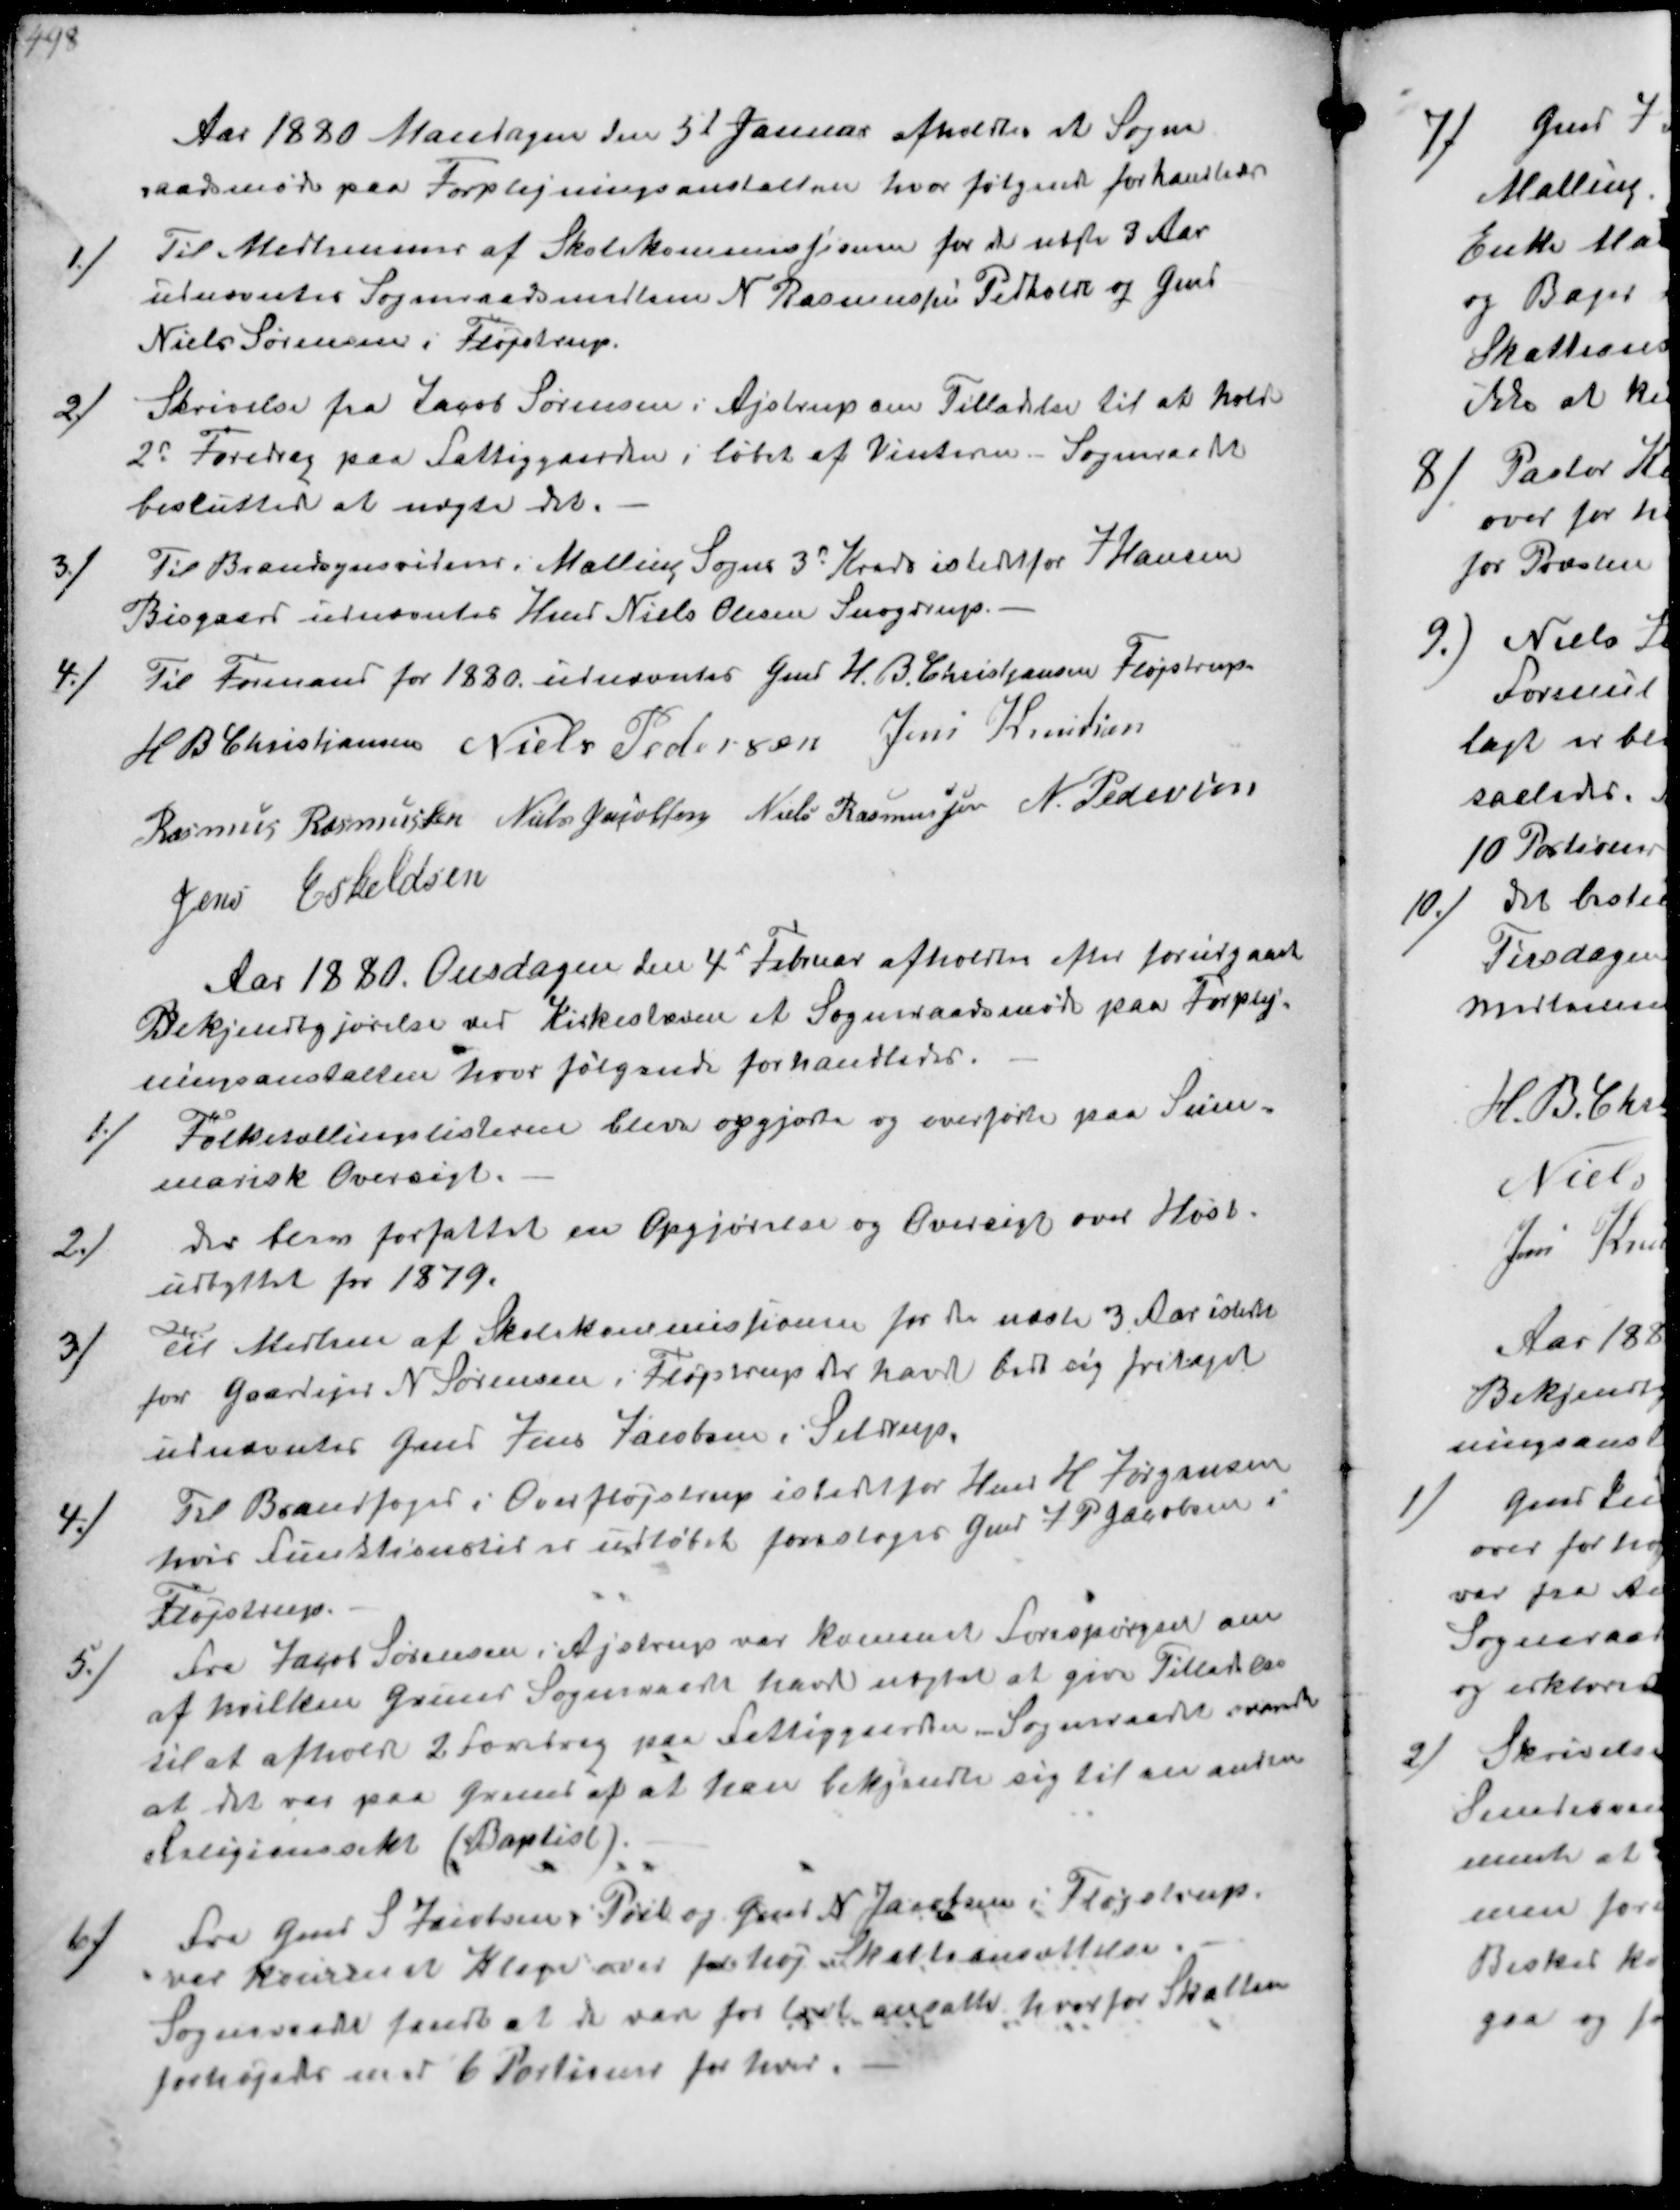
Transskription:
Aar 1880 Mandagen den 5t Januar afholdtes at Sogne-
raadsmøde paa Forplejningsanstalten hvor følgende forhandledes
1./
Til Medlemmer af Skolekommissionen for de næste 3 Aar
udnævntes Sogneraadsmedlem N Rasmussen Pedholdt og Gmd
Niels Sørensen i Fløjstrup.
2./
Skrivelse fra Jacob Sørensen i Ajstrup om Tilladelse til at holde
2 Foredrag paa fattiggaarden i løbet af Vinteren.- Sogneraadet
besluttede at nægte det.
3./
Til Brandsynsvidne i Malling Sogns 3d Kreds istedtfor J Hansen
Bisgaard udnævntes Hmd Niels Olesen Snogdrup.
4./
Til Formand for 1880 udnævntes Gmd H. B. Christjansen Fløjstrup
H B. Christjansen
Niels Pedersen
Jens Knudsen
Rasmus Rasmussen
Niels Jacobsen
Niels Rasmussen
N. Pedersen
Jens Eskeldsen

Aar 1880. Onsdagen den 4d Februar afholdtes efter forudgaaet
Bekjendtgjørelse ved kirkestævne et Sogneraadsmøde paa Forplej--
ningsanstalten hvor følgende forhandledes.
1./
Folketællingslisterne blev opgjorte og overførte paa Sum-
marisk Oversigt.
2./
der blev forfattet en Opgjørelse og Oversigt over Høst-
udbyttet for 1879
3./
Til Medlen af Skolekommissionen for de næste 3 Aar istedet
for Gaardejer N Sørensen i Fløjstrup der havde bedt sig fritaget
udnævntes Gmd Jens Jacobsen i Seldrup
4./
Til Brandfoged i Overfløjstrup istedetfor Hmd H Jørgensen
hvis Funktionstid er udløbet foresloges Gmd J P Jacobsen
Fløjstrup.
5./
Fra Jacob Sørensen i Ajstrup var kommet forespørgel om
af hvilken Grund Sogneraadet havde nægtet at give Tilladelse
til at afhold 2 Foredrag paa Fattiggaarden. Sogneraadet svarede
at det var paa Grund af at han bekjendte sig til en anden
Religionssekt (Baptist)
6./
Fra Gmd S Jacobsen Pøel og Gmd N Janbsen i Fløjstrup.
var kommen en Klage over for høj Skatteansættelse.
Sogneraade fandt at de var for lavt ansatte hvorfor Skatten
forhøjedes med 6 Portioner for hver.